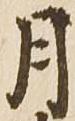
月